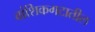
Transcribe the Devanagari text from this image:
वांशिकगटातील